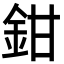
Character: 鉗